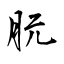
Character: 朊